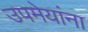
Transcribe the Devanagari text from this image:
उपमेयांना